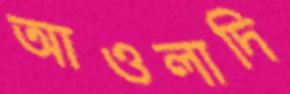
আওলাদি